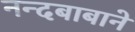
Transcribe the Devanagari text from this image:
नन्दबाबाने